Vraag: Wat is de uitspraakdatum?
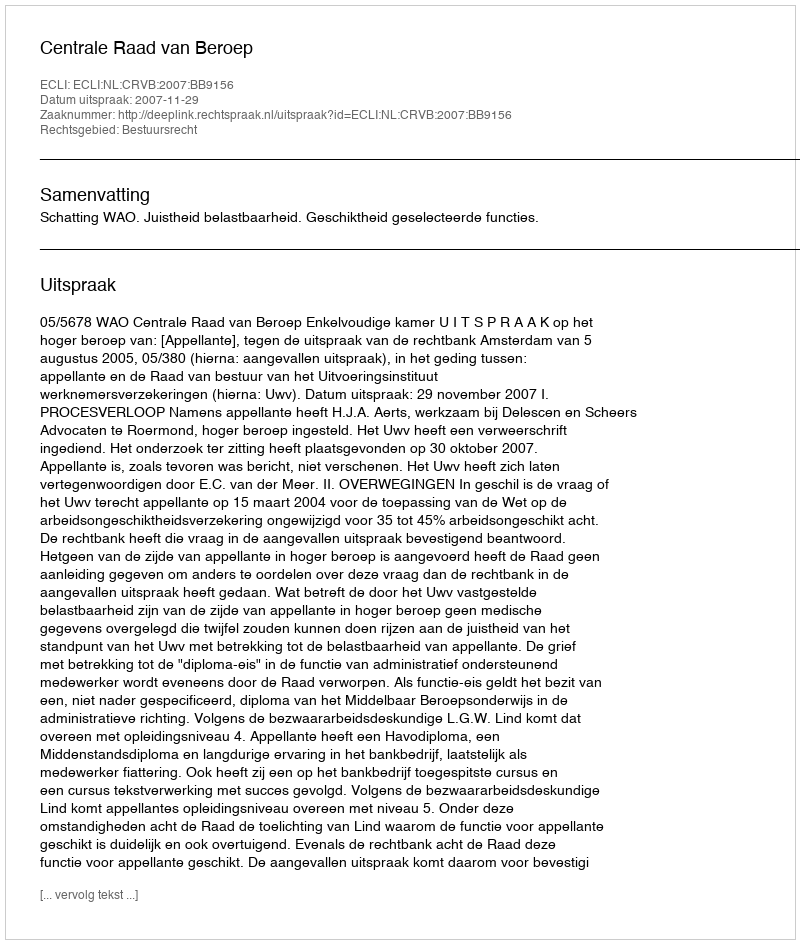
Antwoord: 2007-11-29